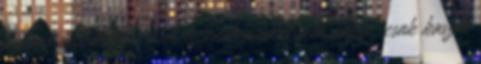
katona lett abból; némelyiknek puskát sem adtak, csak kaszát